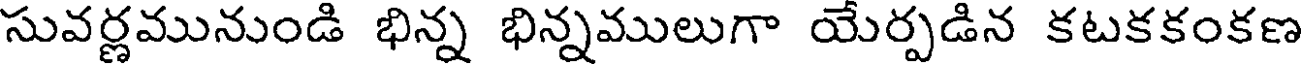
సువర్ణమునుండి భిన్న భిన్నములుగా యేర్పడిన కటకకంకణ